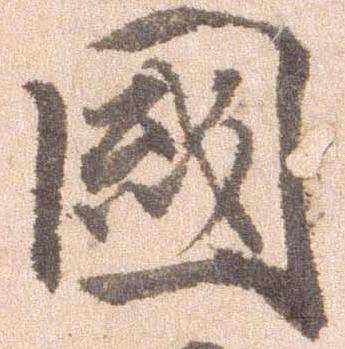
国